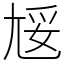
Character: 㞂